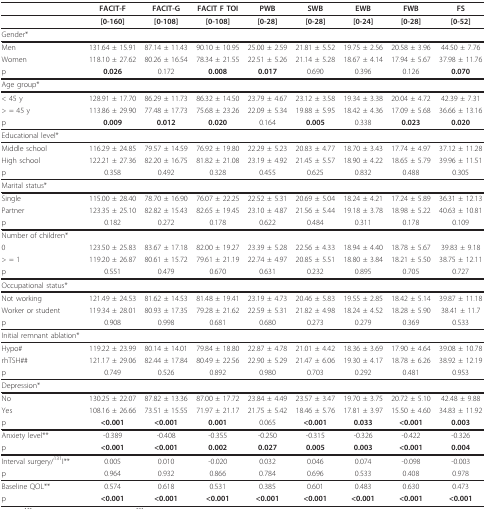
<table><thead><tr><td></td><td><b>FACIT-F</b></td><td><b>FACIT-G</b></td><td><b>FACIT F TOI</b></td><td><b>PWB</b></td><td><b>SWB</b></td><td><b>EWB</b></td><td><b>FWB</b></td><td><b>FS</b></td></tr></thead><tbody><tr><td></td><td><b>[0-160]</b></td><td><b>[0-108]</b></td><td><b>[0-108]</b></td><td><b>[0-28]</b></td><td><b>[0-28]</b></td><td><b>[0-24]</b></td><td><b>[0-28]</b></td><td><b>[0-52]</b></td></tr><tr><td>Gender*</td><td></td><td></td><td></td><td></td><td></td><td></td><td></td><td></td></tr><tr><td>Men</td><td>131.64 ± 15.91</td><td>87.14 ± 11.43</td><td>90.10 ± 10.95</td><td>25.00 ± 2.59</td><td>21.81 ± 5.52</td><td>19.75 ± 2.56</td><td>20.58 ± 3.96</td><td>44.50 ± 7.76</td></tr><tr><td>Women</td><td>118.10 ± 27.62</td><td>80.26 ± 16.54</td><td>78.34 ± 21.55</td><td>22.51 ± 5.26</td><td>21.14 ± 5.28</td><td>18.67 ± 4.14</td><td>17.94 ± 5.67</td><td>37.98 ± 11.76</td></tr><tr><td>p</td><td><b>0.026</b></td><td>0.172</td><td><b>0.008</b></td><td><b>0.017</b></td><td>0.690</td><td>0.396</td><td>0.126</td><td><b>0.070</b></td></tr><tr><td>Age group*</td><td></td><td></td><td></td><td></td><td></td><td></td><td></td><td></td></tr><tr><td>&lt; 45 y</td><td>128.91 ± 17.70</td><td>86.29 ± 11.73</td><td>86.32 ± 14.50</td><td>23.79 ± 4.67</td><td>23.12 ± 3.58</td><td>19.34 ± 3.38</td><td>20.04 ± 4.72</td><td>42.39 ± 7.31</td></tr><tr><td>&gt; = 45 y</td><td>113.86 ± 29.90</td><td>77.48 ± 17.73</td><td>75.68 ± 23.26</td><td>22.09 ± 5.34</td><td>19.88 ± 5.95</td><td>18.42 ± 4.36</td><td>17.09 ± 5.68</td><td>36.66 ± 13.16</td></tr><tr><td>p</td><td><b>0.009</b></td><td><b>0.012</b></td><td><b>0.020</b></td><td>0.164</td><td><b>0.005</b></td><td>0.338</td><td><b>0.023</b></td><td><b>0.020</b></td></tr><tr><td>Educational level*</td><td></td><td></td><td></td><td></td><td></td><td></td><td></td><td></td></tr><tr><td>Middle school</td><td>116.29 ± 24.85</td><td>79.57 ± 14.59</td><td>76.92 ± 19.80</td><td>22.29 ± 5.23</td><td>20.83 ± 4.77</td><td>18.70 ± 3.43</td><td>17.74 ± 4.97</td><td>37.12 ± 11.28</td></tr><tr><td>High school</td><td>122.21 ± 27.36</td><td>82.20 ± 16.75</td><td>81.82 ± 21.08</td><td>23.19 ± 4.92</td><td>21.45 ± 5.57</td><td>18.90 ± 4.22</td><td>18.65 ± 5.79</td><td>39.96 ± 11.51</td></tr><tr><td>p</td><td>0.358</td><td>0.492</td><td>0.328</td><td>0.455</td><td>0.625</td><td>0.832</td><td>0.488</td><td>0.305</td></tr><tr><td>Marital status*</td><td></td><td></td><td></td><td></td><td></td><td></td><td></td><td></td></tr><tr><td>Single</td><td>115.00 ± 28.40</td><td>78.70 ± 16.90</td><td>76.07 ± 22.25</td><td>22.52 ± 5.31</td><td>20.69 ± 5.04</td><td>18.24 ± 4.21</td><td>17.24 ± 5.89</td><td>36.31 ± 12.13</td></tr><tr><td>Partner</td><td>123.35 ± 25.10</td><td>82.82 ± 15.43</td><td>82.65 ± 19.45</td><td>23.10 ± 4.87</td><td>21.56 ± 5.44</td><td>19.18 ± 3.78</td><td>18.98 ± 5.22</td><td>40.63 ± 10.81</td></tr><tr><td>p</td><td>0.182</td><td>0.272</td><td>0.178</td><td>0.622</td><td>0.484</td><td>0.311</td><td>0.178</td><td>0.109</td></tr><tr><td>Number of children*</td><td></td><td></td><td></td><td></td><td></td><td></td><td></td><td></td></tr><tr><td>0</td><td>123.50 ± 25.83</td><td>83.67 ± 17.18</td><td>82.00 ± 19.27</td><td>23.39 ± 5.28</td><td>22.56 ± 4.33</td><td>18.94 ± 4.40</td><td>18.78 ± 5.67</td><td>39.83 ± 9.18</td></tr><tr><td>&gt; = 1</td><td>119.20 ± 26.87</td><td>80.61 ± 15.72</td><td>79.61 ± 21.19</td><td>22.74 ± 4.97</td><td>20.85 ± 5.51</td><td>18.80 ± 3.84</td><td>18.21 ± 5.50</td><td>38.75 ± 12.11</td></tr><tr><td>p</td><td>0.551</td><td>0.479</td><td>0.670</td><td>0.631</td><td>0.232</td><td>0.895</td><td>0.705</td><td>0.727</td></tr><tr><td>Occupational status*</td><td></td><td></td><td></td><td></td><td></td><td></td><td></td><td></td></tr><tr><td>Not working</td><td>121.49 ± 24.53</td><td>81.62 ± 14.53</td><td>81.48 ± 19.41</td><td>23.19 ± 4.73</td><td>20.46 ± 5.83</td><td>19.55 ± 2.85</td><td>18.42 ± 5.14</td><td>39.87 ± 11.18</td></tr><tr><td>Worker or student</td><td>119.34 ± 28.01</td><td>80.93 ± 17.35</td><td>79.28 ± 21.62</td><td>22.59 ± 5.31</td><td>21.82 ± 4.98</td><td>18.24 ± 4.52</td><td>18.28 ± 5.90</td><td>38.41 ± 11.7</td></tr><tr><td>p</td><td>0.908</td><td>0.998</td><td>0.681</td><td>0.680</td><td>0.273</td><td>0.279</td><td>0.369</td><td>0.533</td></tr><tr><td>Initial remnant ablation*</td><td></td><td></td><td></td><td></td><td></td><td></td><td></td><td></td></tr><tr><td>Hypo#</td><td>119.22 ± 23.99</td><td>80.14 ± 14.01</td><td>79.84 ± 18.80</td><td>22.87 ± 4.78</td><td>21.01 ± 4.42</td><td>18.36 ± 3.69</td><td>17.90 ± 4.64</td><td>39.08 ± 10.78</td></tr><tr><td>rhTSH##</td><td>121.17 ± 29.06</td><td>82.44 ± 17.84</td><td>80.49 ± 22.56</td><td>22.90 ± 5.29</td><td>21.47 ± 6.06</td><td>19.30 ± 4.17</td><td>18.78 ± 6.26</td><td>38.92 ± 12.19</td></tr><tr><td>p</td><td>0.749</td><td>0.526</td><td>0.892</td><td>0.980</td><td>0.703</td><td>0.292</td><td>0.481</td><td>0.953</td></tr><tr><td>Depression*</td><td></td><td></td><td></td><td></td><td></td><td></td><td></td><td></td></tr><tr><td>No</td><td>130.25 ± 22.07</td><td>87.82 ± 13.36</td><td>87.00 ± 17.72</td><td>23.84 ± 4.49</td><td>23.57 ± 3.47</td><td>19.70 ± 3.75</td><td>20.72 ± 5.10</td><td>42.48 ± 9.88</td></tr><tr><td>Yes</td><td>108.16 ± 26.66</td><td>73.51 ± 15.55</td><td>71.97 ± 21.17</td><td>21.75 ± 5.42</td><td>18.46 ± 5.76</td><td>17.81 ± 3.97</td><td>15.50 ± 4.60</td><td>34.83 ± 11.92</td></tr><tr><td>p</td><td><b>&lt;0.001</b></td><td><b>&lt;0.001</b></td><td><b>0.001</b></td><td>0.065</td><td><b>&lt;0.001</b></td><td><b>0.033</b></td><td><b>&lt;0.001</b></td><td><b>0.003</b></td></tr><tr><td>Anxiety level**</td><td>-0.389</td><td>-0.408</td><td>-0.355</td><td>-0.250</td><td>-0.315</td><td>-0.326</td><td>-0.422</td><td>-0.326</td></tr><tr><td>p</td><td><b>&lt;0.001</b></td><td><b>&lt;0.001</b></td><td><b>0.002</b></td><td><b>0.027</b></td><td><b>0.005</b></td><td><b>0.003</b></td><td><b>&lt;0.001</b></td><td><b>0.004</b></td></tr><tr><td>Interval surgery/<sup>131</sup>I**</td><td>0.005</td><td>0.010</td><td>-0.020</td><td>0.032</td><td>0.046</td><td>0.074</td><td>-0.098</td><td>-0.003</td></tr><tr><td>p</td><td>0.964</td><td>0.932</td><td>0.866</td><td>0.784</td><td>0.696</td><td>0.533</td><td>0.408</td><td>0.978</td></tr><tr><td>Baseline QOL**</td><td>0.574</td><td>0.618</td><td>0.531</td><td>0.385</td><td>0.601</td><td>0.483</td><td>0.630</td><td>0.473</td></tr><tr><td>p</td><td><b>&lt;0.001</b></td><td><b>&lt;0.001</b></td><td><b>&lt;0.001</b></td><td><b>&lt;0.001</b></td><td><b>&lt;0.001</b></td><td><b>&lt;0.001</b></td><td><b>&lt;0.001</b></td><td><b>&lt;0.001</b></td></tr></tbody></table>